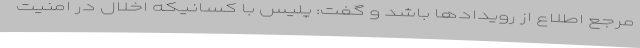
مرجع اطلاع از رویدادها باشد و گفت: پلیس با کسانیکه اخلال در امنیت